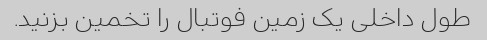
طول داخلی یک زمین فوتبال را تخمین بزنید.